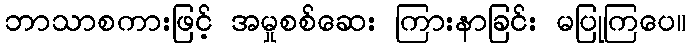
ဘာသာစကားဖြင့် အမှုစစ်ဆေး ကြားနာခြင်း မပြုကြပေ။